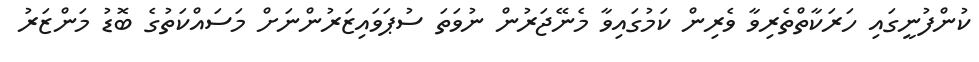
ކުންފުނީގައި ހަރަކާތްތެރިވާ ވެރިން ކަމުގައިވާ މެނޭޖަރުން ނުވަތަ ސުޕަވައިޒަރުންނަށް މަސައްކަތުގެ ބޮޑު މަންޒަރު